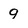
Character: 9